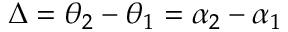
\Delta = \theta _ { 2 } - \theta _ { 1 } = \alpha _ { 2 } - \alpha _ { 1 }